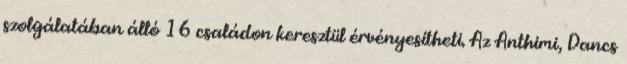
szolgálatában álló 16 családon keresztül érvényesítheti. Az Anthimi, Dancs